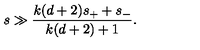
s \gg { \frac { k ( d + 2 ) s _ { + } + s _ { - } } { k ( d + 2 ) + 1 } } .